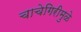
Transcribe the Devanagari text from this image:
चाचेगिरीमुळे